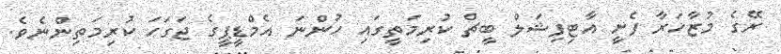
ރޭގެ މުޒާހަރާ ފެށީ އާޓިފިޝަލް ބީޗް ކުރިމަތީގައި ހުންނަ އެމްޑީޕީގެ ޖަގަހަ ކުރިމަތިންނެވެ.